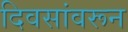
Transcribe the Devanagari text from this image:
दिवसांवरून